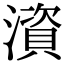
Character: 澬